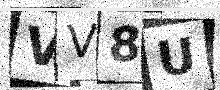
Text: VV8U